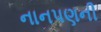
નાનપણની